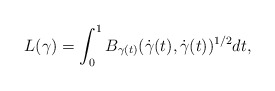
\begin{align*} L(\gamma)=\int_0^1 B_{\gamma(t)}(\dot\gamma(t),\dot\gamma(t))^{1/2}dt,\end{align*}